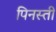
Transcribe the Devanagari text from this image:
पिनस्ती